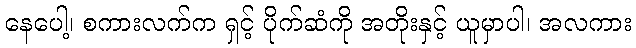
နေပေါ့၊ စကားလက်က ရှင့် ပိုက်ဆံကို အတိုးနှင့် ယူမှာပါ၊ အလကား